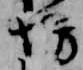
坊